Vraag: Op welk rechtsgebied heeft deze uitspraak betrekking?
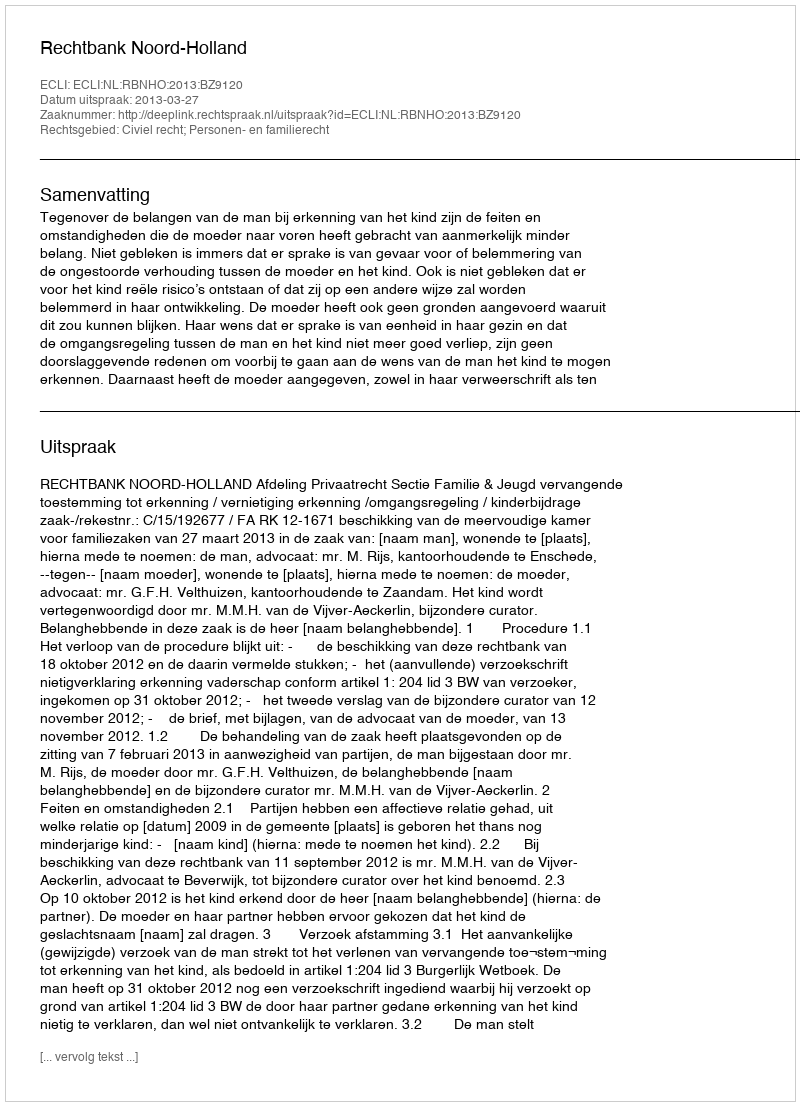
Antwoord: Civiel recht; Personen- en familierecht